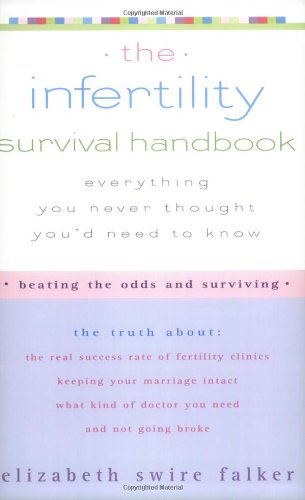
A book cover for Infertility Survival Handbook; Elizabeth  Swire-Falker; Parenting & Relationships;